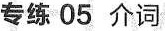
专练 05 介词